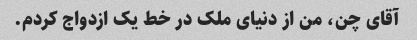
آقای چن، من از دنیای ملک در خط یک ازدواج کردم.